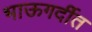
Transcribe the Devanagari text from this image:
भाऊगर्दीत